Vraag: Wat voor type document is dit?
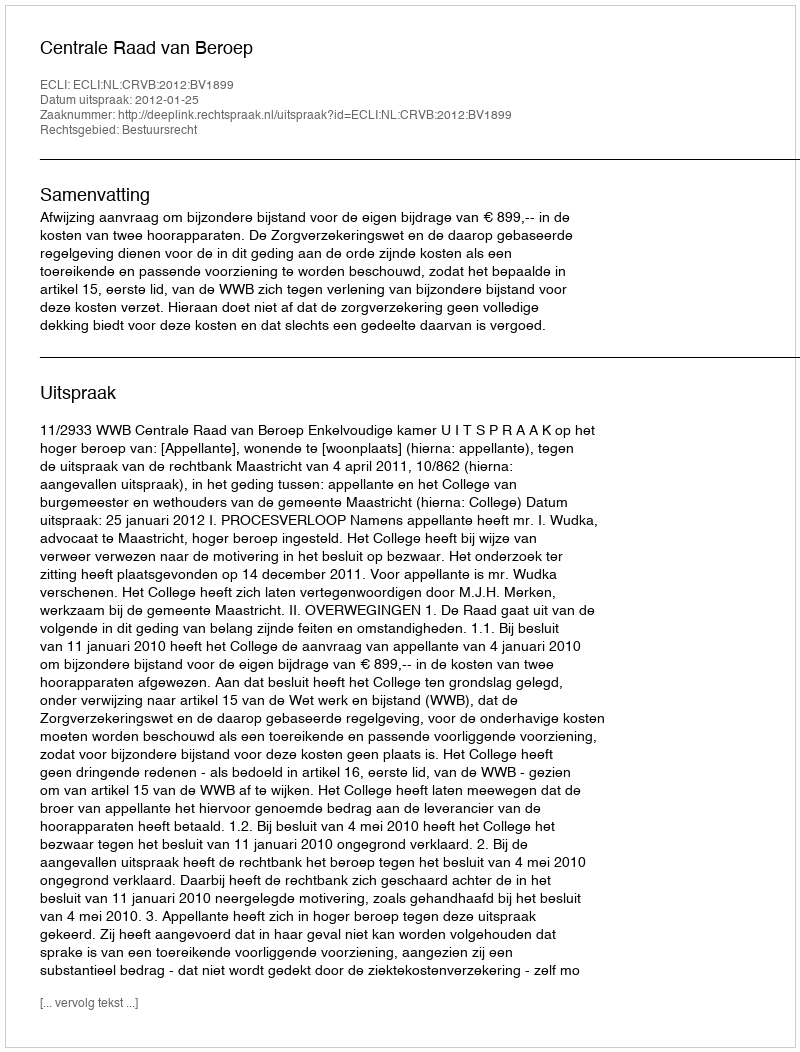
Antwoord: Uitspraak